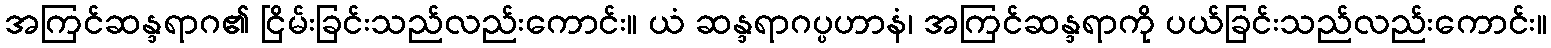
အကြင်ဆန္ဒရာဂ၏ ငြိမ်းခြင်းသည်လည်းကောင်း။ ယံ ဆန္ဒရာဂပ္ပဟာနံ၊ အကြင်ဆန္ဒရာကို ပယ်ခြင်းသည်လည်းကောင်း။